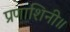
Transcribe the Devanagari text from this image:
प्रणाशिनी॥